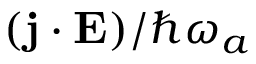
( \mathbf { j } \cdot \mathbf { E } ) / \hbar \omega _ { a }